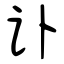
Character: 讣